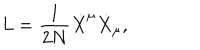
LaTeX: L = \frac { 1 } { 2 N } { \dot { X } } ^ { \mu } { \dot { X } } _ { \mu } ,